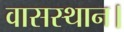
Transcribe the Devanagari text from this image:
वासस्थान।